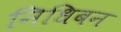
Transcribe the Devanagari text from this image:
निधिबन